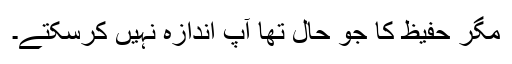
مگر حفیظ کا جو حال تھا آپ اندازہ نہیں کرسکتے۔